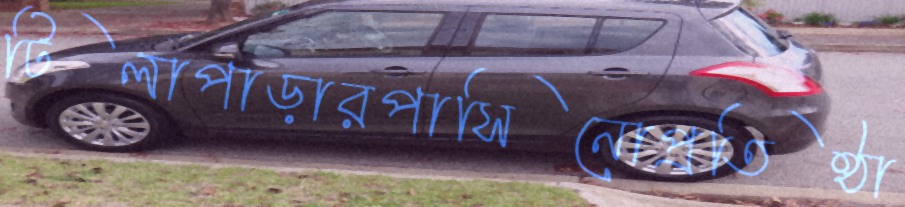
টিলাপাড়ারপাসিনোপ্রতিষ্ঠা